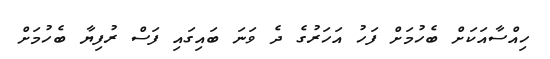
ހިއްސާއަކަށް ބެހުމަށް ފަހު އަހަރުގެ ދެ ވަނަ ބައިގައި ފަސް ރުފިޔާ ބެހުމަށް